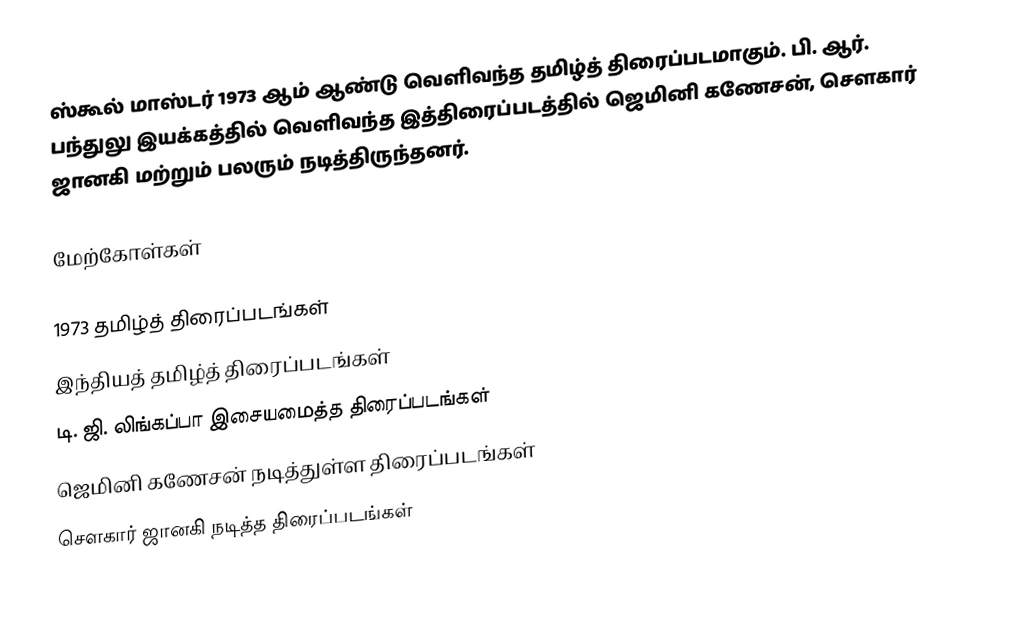
ஸ்கூல் மாஸ்டர் 1973 ஆம் ஆண்டு வெளிவந்த தமிழ்த் திரைப்படமாகும். பி. ஆர். பந்துலு இயக்கத்தில் வெளிவந்த இத்திரைப்படத்தில் ஜெமினி கணேசன், சௌகார் ஜானகி மற்றும் பலரும் நடித்திருந்தனர்.

மேற்கோள்கள்

1973 தமிழ்த் திரைப்படங்கள்
இந்தியத் தமிழ்த் திரைப்படங்கள்
டி. ஜி. லிங்கப்பா இசையமைத்த திரைப்படங்கள்
ஜெமினி கணேசன் நடித்துள்ள திரைப்படங்கள்
சௌகார் ஜானகி நடித்த திரைப்படங்கள்